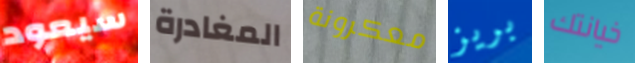
سيعود المغادرة معكرونة بريز خيانتك